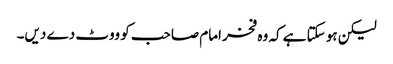
لیکن ہو سکتا ہے کہ وہ فخر امام صاحب کو ووٹ دے دیں۔